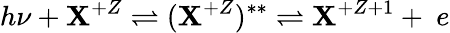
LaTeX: h\nu+\mathbf{X}^{+Z}\rightleftharpoons(\mathbf{X}^{+Z})^{**}\rightleftharpoons\mathbf{X}^{+Z+1}+~e